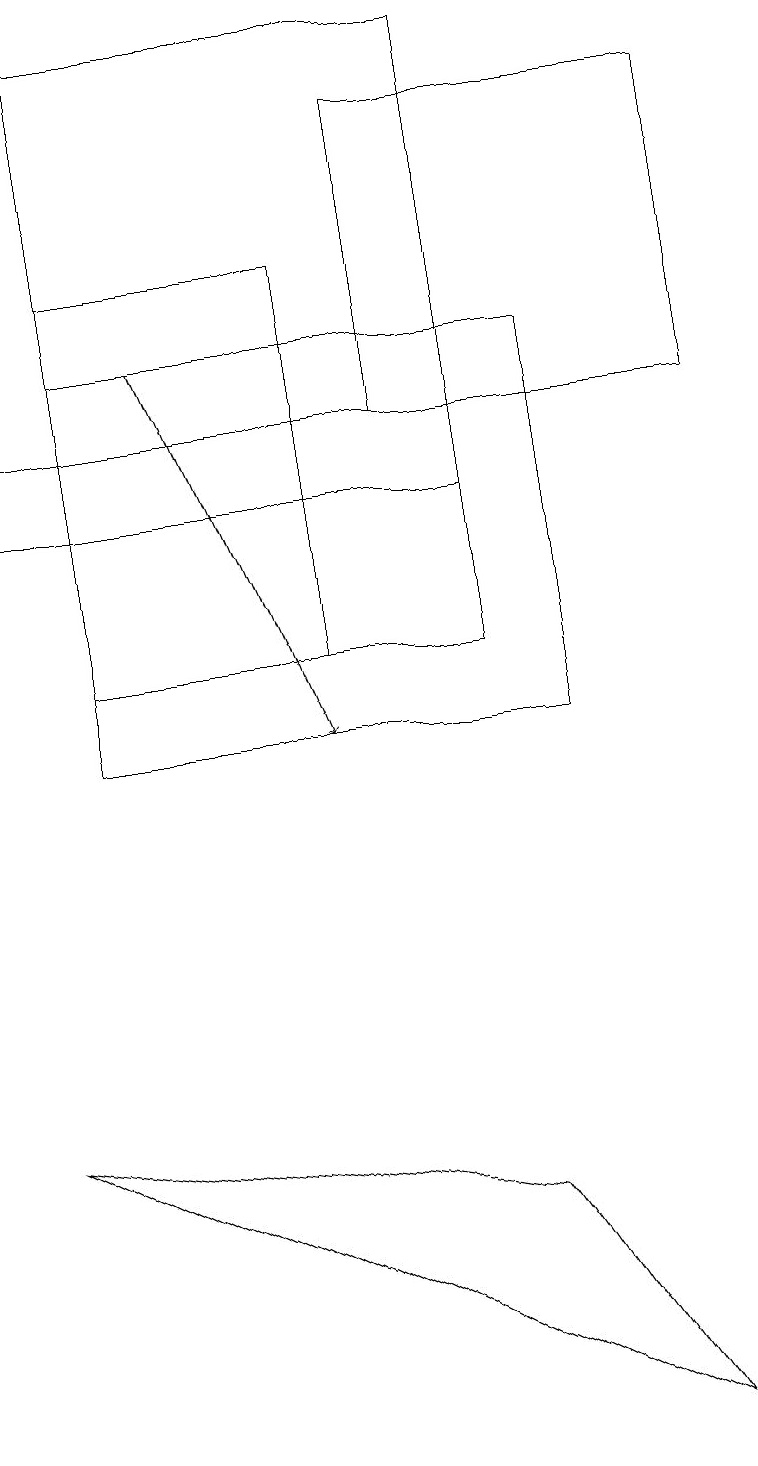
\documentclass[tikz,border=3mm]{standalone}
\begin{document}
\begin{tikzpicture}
\draw (7,10) rectangle (1,15);
\draw (0,13) rectangle (6,14);
\draw[->] (2,15) -- (4,10);
\draw (4,11) rectangle (1,16);
\draw (8,1) -- (6,4) -- (0,5) -- cycle;
\draw (1,19) rectangle (6,11);
\draw (5,18) rectangle (9,14);
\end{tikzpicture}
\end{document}